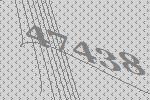
47438